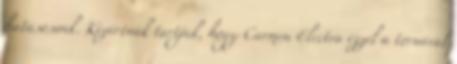
hatásosnak. Kizártnak tartjuk, hogy Carmen Electra ezzel a tornával